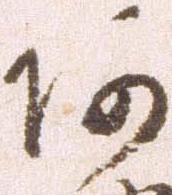
阿